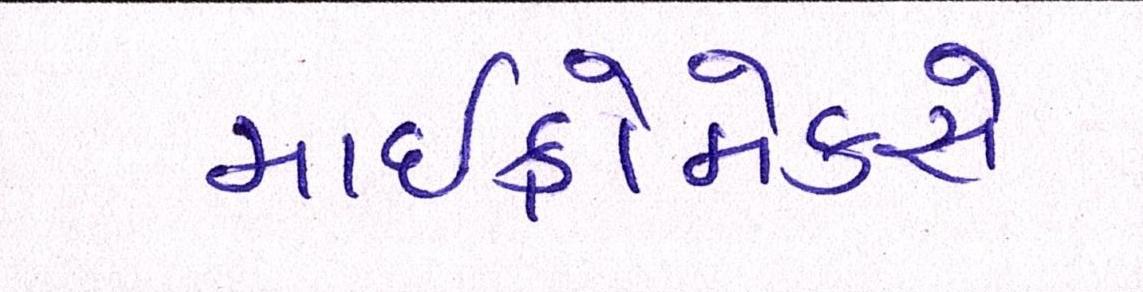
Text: માઈક્રોમેક્સે